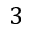
3